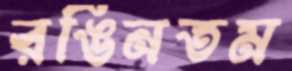
রঙিনতম